Civil Veterinary Department Bengal reports 1933-51 - 1933-1951
Year: 1933
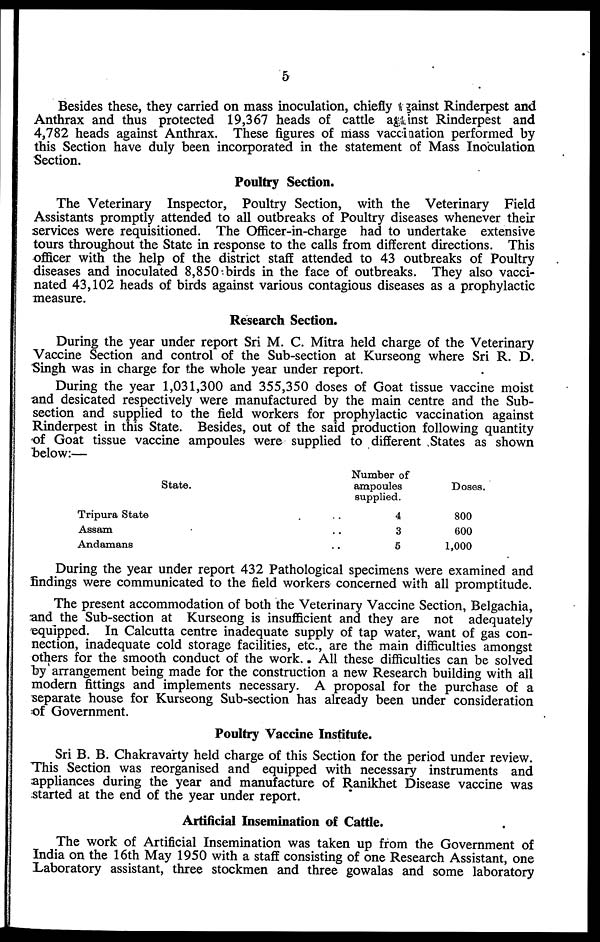
5
Besides these, they carried on mass inoculation, chiefly against Rinderpest and
Anthrax and thus protected 19,367 heads of cattle against Rinderpest and
4,782 heads against Anthrax. These figures of mass vaccination performed by
this Section have duly been incorporated in the statement of Mass Inoculation
Section.
Poultry Section.
The Veterinary Inspector, Poultry Section, with the Veterinary Field
Assistants promptly attended to all outbreaks of Poultry diseases whenever their
services were requisitioned. The Officer-in-charge had to undertake extensive
tours throughout the State in response to the calls from different directions. This
officer with the help of the district staff attended to 43 outbreaks of Poultry
diseases and inoculated 8,850 birds in the face of outbreaks. They also vacci-
nated 43,102 heads of birds against various contagious diseases as a prophylactic
measure.
Research Section.
During the year under report Sri M. C. Mitra held charge of the Veterinary
Vaccine Section and control of the Sub-section at Kurseong where Sri R. D.
Singh was in charge for the whole year under report.
During the year 1,031,300 and 355,350 doses of Goat tissue vaccine moist
and desicated respectively were manufactured by the main centre and the Sub-
section and supplied to the field workers for prophylactic vaccination against
Rinderpest in this State. Besides, out of the said production following quantity
of Goat tissue vaccine ampoules were supplied to different States as shown
below:—
State.
Tripura State
Assam
Andamans
Number of
ampoules
supplied.
.. 4
.. 3
.. 5
Doses.
800
600
1,000
During the year under report 432 Pathological specimens were examined and
findings were communicated to the field workers concerned with all promptitude.
The present accommodation of both the Veterinary Vaccine Section, Belgachia,
and the Sub-section at Kurseong is insufficient and they are not adequately
equipped. In Calcutta centre inadequate supply of tap water, want of gas con-
nection, inadequate cold storage facilities, etc., are the main difficulties amongst
others for the smooth conduct of the work. All these difficulties can be solved
by arrangement being made for the construction a new Research building with all
modern fittings and implements necessary. A proposal for the purchase of a
separate house for Kurseong Sub-section has already been under consideration
of Government.
Poultry Vaccine Institute.
Sri B. B. Chakravarty held charge of this Section for the period under review.
This Section was reorganised and equipped with necessary instruments and
appliances during the year and manufacture of Ranikhet Disease vaccine was
started at the end of the year under report.
Artificial Insemination of Cattle.
The work of Artificial Insemination was taken up from the Government of
India on the 16th May 1950 with a staff consisting of one Research Assistant, one
Laboratory assistant, three stockmen and three gowalas and some laboratory